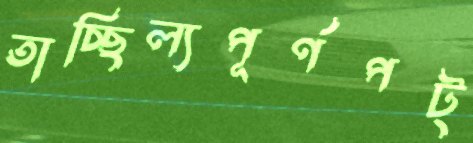
তাচ্ছিল্যপূর্ণপট্‌